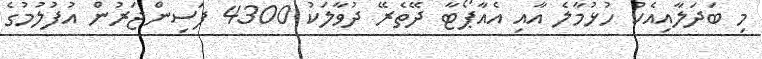
މި ބަދަލާއިއެކު ހުޅުމާލެ އާއި އެއާޕޯޓާ ދޭތެރޭ ދުވާލަކު 4300 ފަސިންޖަރުން އުފުލުމުގެ